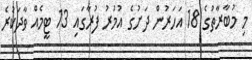
މި މުބާރާތުގެ 18 އަހަރުން ދަށުގެ އުމުރު ފުރާގައި 13 ޓީމެއް ވާދަކުރެ